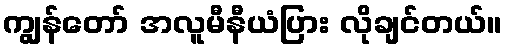
ကျွန်တော် အလူမီနီယံပြား လိုချင်တယ်။